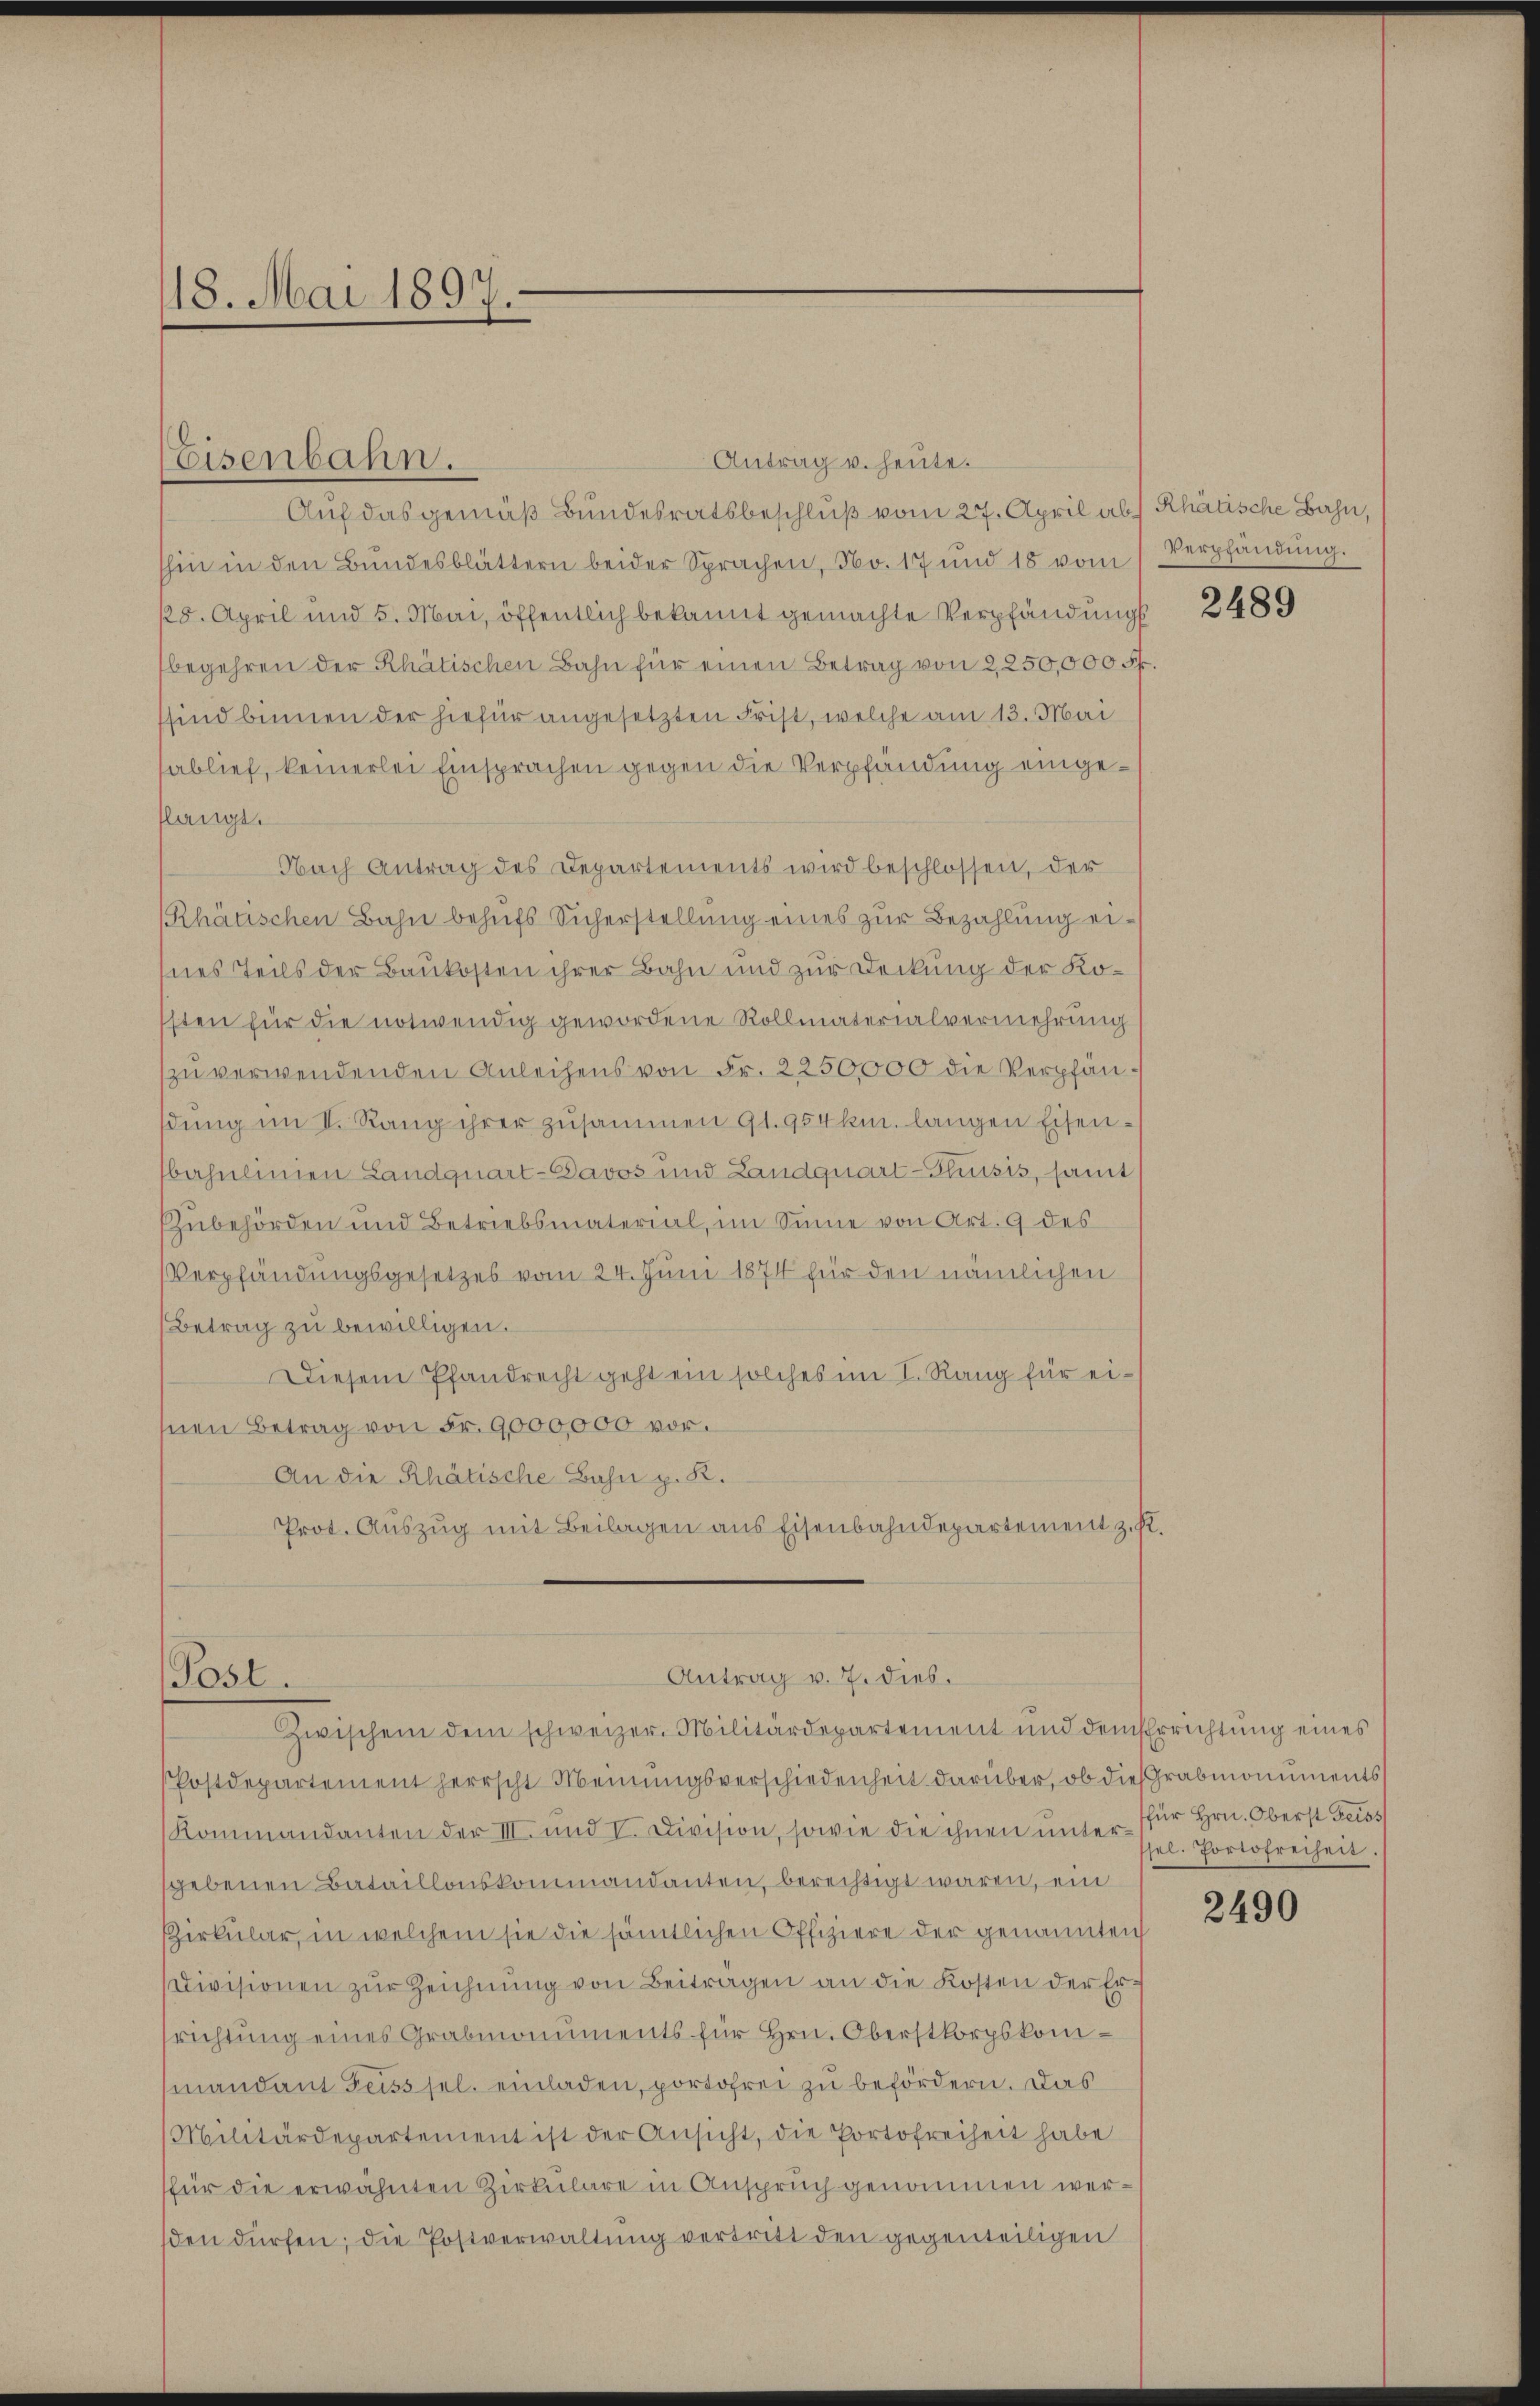
18. Mai 1897-

Antrag u. heute.
Auf das gemäß Bundesratsbeschluß vom 27. April ab) Rhätische Bahn,
shin in den Bŭndesblättern beider Sprachen, No. 17 und 18 vom Verpfändŭng.
128. April und 5. Mai, öffentlich bekannt gemachte Verpfändungs
begehren der Rhätischen Bahn für einen Betrag von 2,250,000 Fr.
sind binnen der hiefür angesetzten Frist, welche am 13. Mai
ablief, keinerlei Einsprachen gegen die Verpfändung eingeflangt.
Nach Antrag des Departements wird beschlossen, der
Rhätischen Bahn behufs Sicherstellung eines zur Bezahlung eihnes Teils der Baukosten ihrer Bahn und zur Deckung der Kosten für die notwendig gewordene Rollmaterialvermehrung
zu verwendenden Anleihens von Fr. 2250,000 die Verpfändŭng im I. Rang ihrer zusammen 91. 954 km. langen Eisen-
bahnlinien Landquart-Davos und Landquart-Thusis, samt
Zubehörden und Betriebsmaterial, im Sinne von Art. 9 des
Verpfändungsgesetzes vom 24. Juni 1874 für den nämlichen
Betrag zu bewilligen.
Diesem Pfandrecht geht ein solches im I. Rang für eisnen Betrag von Fr. 9,000,000 vor¬
An die Rhätische Bahn p. K.
Prot. Auszug mit Beilagen aus Eisenbahndepartement z. K
Antrag v. 7. dies.
Post.
Zwischen dem schweizer. Militärdepartement und dem Errichtung eines
Postdepartement herrscht Meinungsverschiedenheit darüber, ob dies Grabmonuments
Kommandanten der III. und V. Division, sowie die ihnen unter für Hrn. Oberst Feigs
sgebenen Bataillonskommandanten, berechtigt waren, ein
Zirkular, in welchem sie die sämtlichen Offiziere der genannten
Divisionen zŭr Zeichnŭng von Beiträgen an die Kosten der Errichtung eines Grabmonuments für Hrn. Oberstkorpskommandant Feiss sel. einladen, portofrei zu befördern. Das
Militärdepartement ist der Ansicht, die Portofreiheit habe
für die erwähnten Zirkulare in Anspruch genommen worsden dürfen; die Postverwaltung vertritt den gegenteiligen

Eisenbahn.

2489

sel. Portofreiheit.

2490